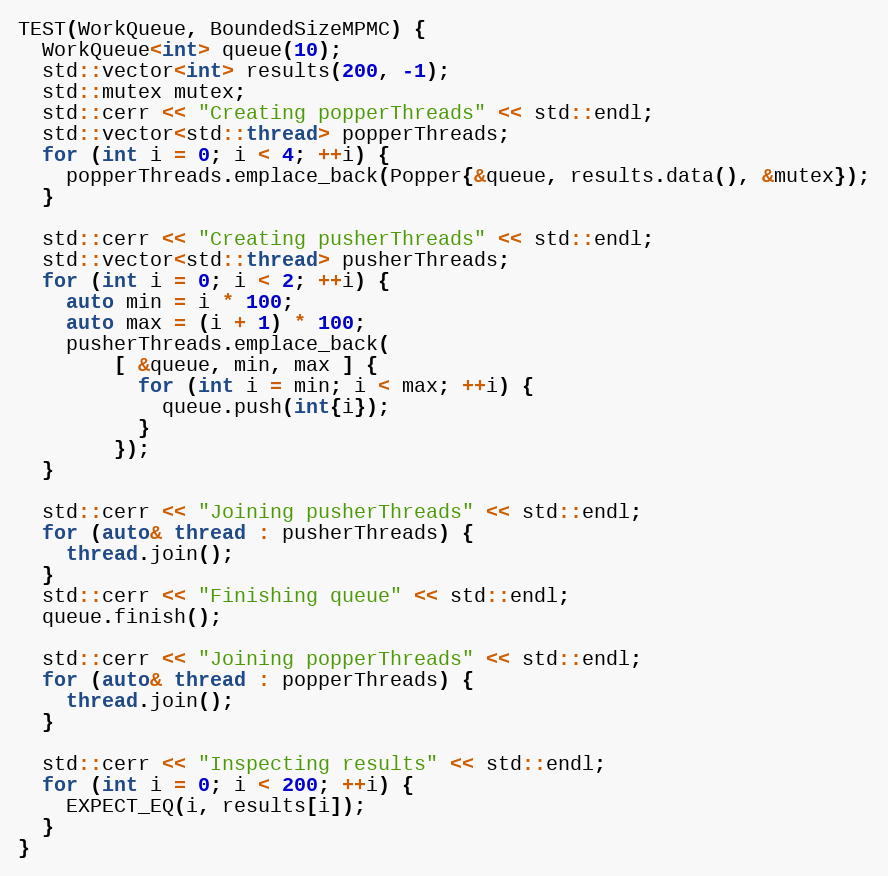
Language: C++
TEST(WorkQueue, BoundedSizeMPMC) {
  WorkQueue<int> queue(10);
  std::vector<int> results(200, -1);
  std::mutex mutex;
  std::cerr << "Creating popperThreads" << std::endl;
  std::vector<std::thread> popperThreads;
  for (int i = 0; i < 4; ++i) {
    popperThreads.emplace_back(Popper{&queue, results.data(), &mutex});
  }

  std::cerr << "Creating pusherThreads" << std::endl;
  std::vector<std::thread> pusherThreads;
  for (int i = 0; i < 2; ++i) {
    auto min = i * 100;
    auto max = (i + 1) * 100;
    pusherThreads.emplace_back(
        [ &queue, min, max ] {
          for (int i = min; i < max; ++i) {
            queue.push(int{i});
          }
        });
  }

  std::cerr << "Joining pusherThreads" << std::endl;
  for (auto& thread : pusherThreads) {
    thread.join();
  }
  std::cerr << "Finishing queue" << std::endl;
  queue.finish();

  std::cerr << "Joining popperThreads" << std::endl;
  for (auto& thread : popperThreads) {
    thread.join();
  }

  std::cerr << "Inspecting results" << std::endl;
  for (int i = 0; i < 200; ++i) {
    EXPECT_EQ(i, results[i]);
  }
}